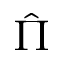
\hat { \Pi }